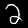
Digit: 2